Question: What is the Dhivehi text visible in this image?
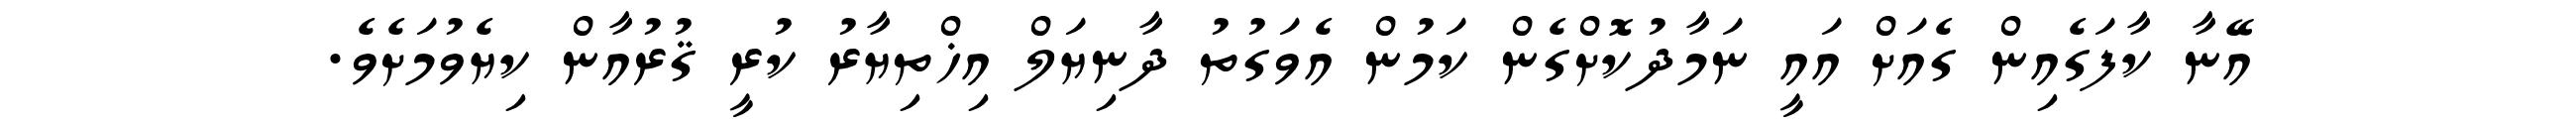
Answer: އޭނާ ކާފަގެއިން ގެއަށް އައީ ނަމާދުކޮށްގެން ކަމުން އެވަގުތު ދާނިޔަލް އިޚްތިޔާރު ކުރީ ޤުރުއާން ކިޔެވުމަށެވެ.